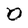
Character: 0